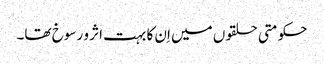
حکومتی حلقوں میں اِن کا بہت اثر و رسوخ تھا۔